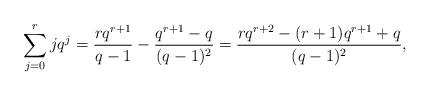
LaTeX: \begin{align*} \sum_{j=0}^r jq^j = \frac{rq^{r+1}}{q-1} - \frac{q^{r+1}-q}{(q-1)^2} = \frac{rq^{r+2}-(r+1)q^{r+1}+q}{(q-1)^2},\end{align*}